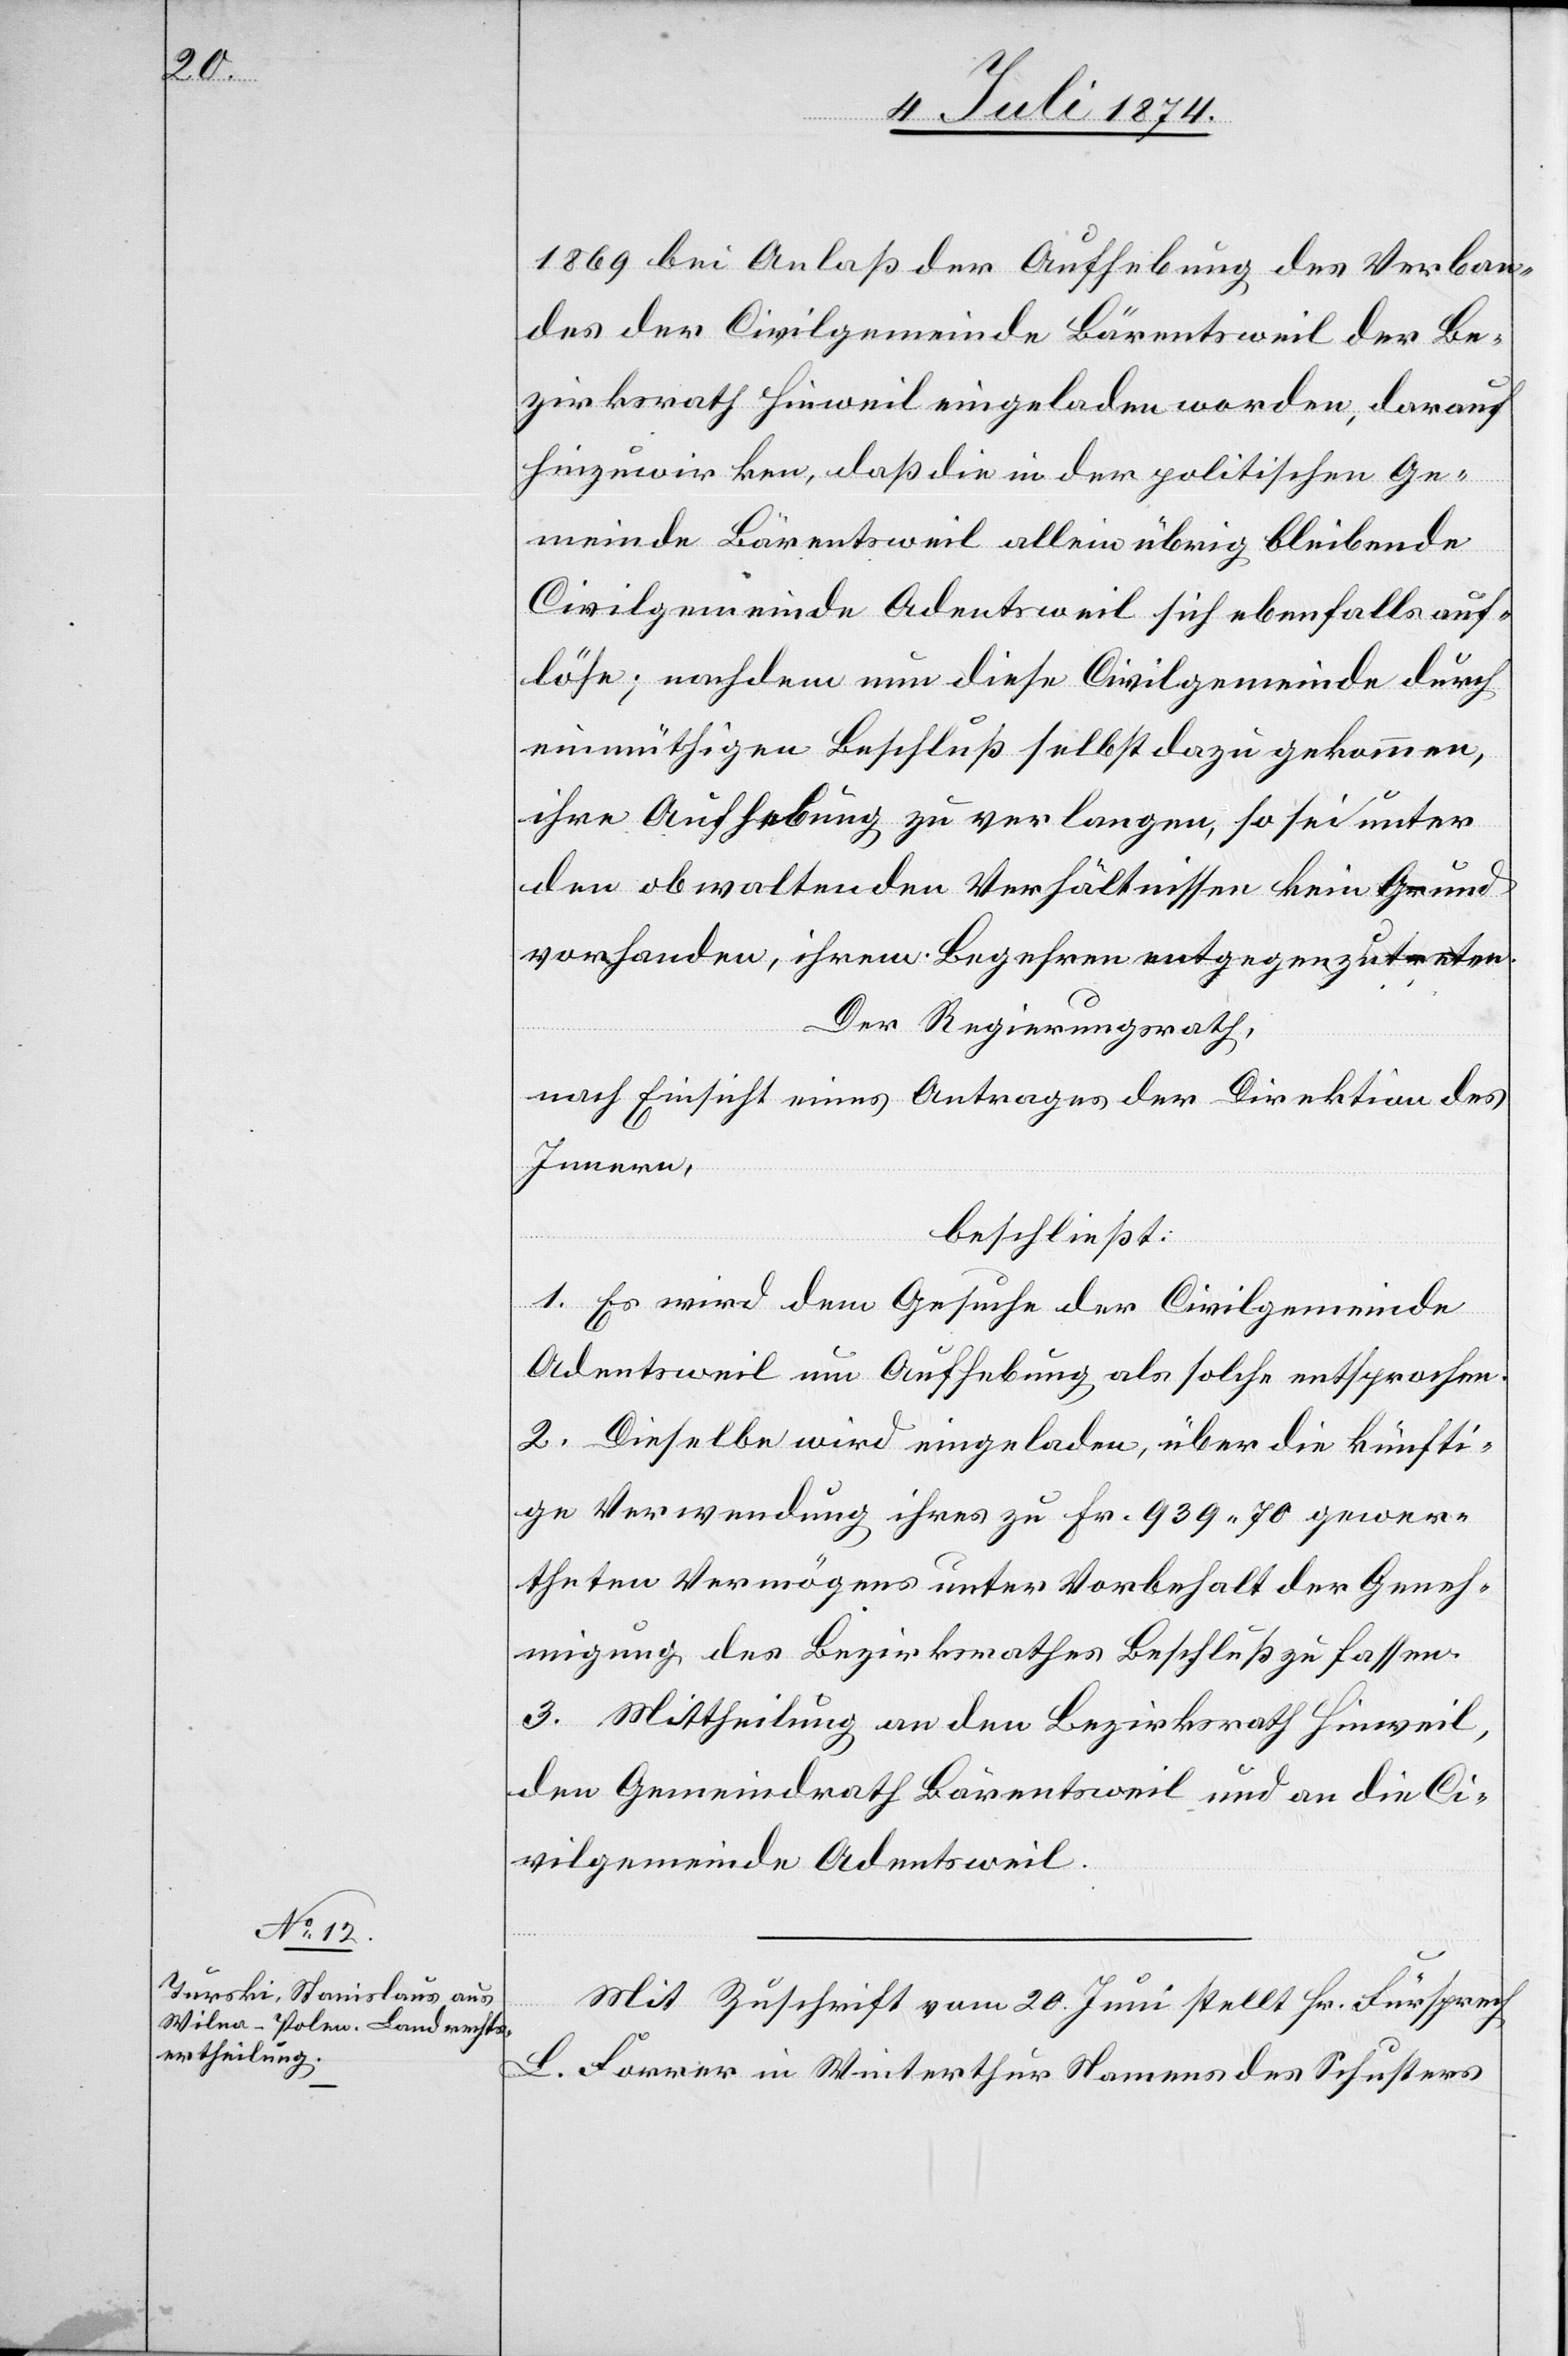
1869 bei Anlaß der Aufhebung des Verban¬
des der Civilgemeinde Bärentsweil der Be¬
zirksrath Hinweil eingeladen worden, darauf
hinzuwirken, daß die in der politischen Ge¬
meinde Bärentsweil allein übrig bleibende
Civilgemeinde Adentsweil sich ebenfalls auf¬
löse; nachdem nun diese Civilgemeinde durch
einmüthigen Beschluß selbst dazugekommen,
ihre Aufhebung zu verlangen, so sei unter
den obwaltenden Verhältnissen kein Grund
vorhanden, ihrem Begehren entgegenzutreten.
Der Regierungsrath,
nach Einsicht eines Antrages der Direktion des
Innern,
beschließt:
1. Es wird dem Gesuche der Civilgemeinde
Adentsweil um Aufhebung als solche entsprochen.
2. Dieselbe wird eingeladen, über die künfti¬
gen Verwendung ihres zu Fr. 939.70 gewer¬
theten Vermögens unter Vorbehalt der Geneh¬
migung des Bezirksrathes Beschluß zu fassen.
3. Mittheilung an den Bezirksrath Hinweil,
den Gemeindrath Bärentsweil und an die Ci¬
vilgemeinde Adentsweil.
Mit Zuschrift vom 20. Juni stellt Hr. Fürsprech
L. Forrer in Winterthur Namens des Schusters